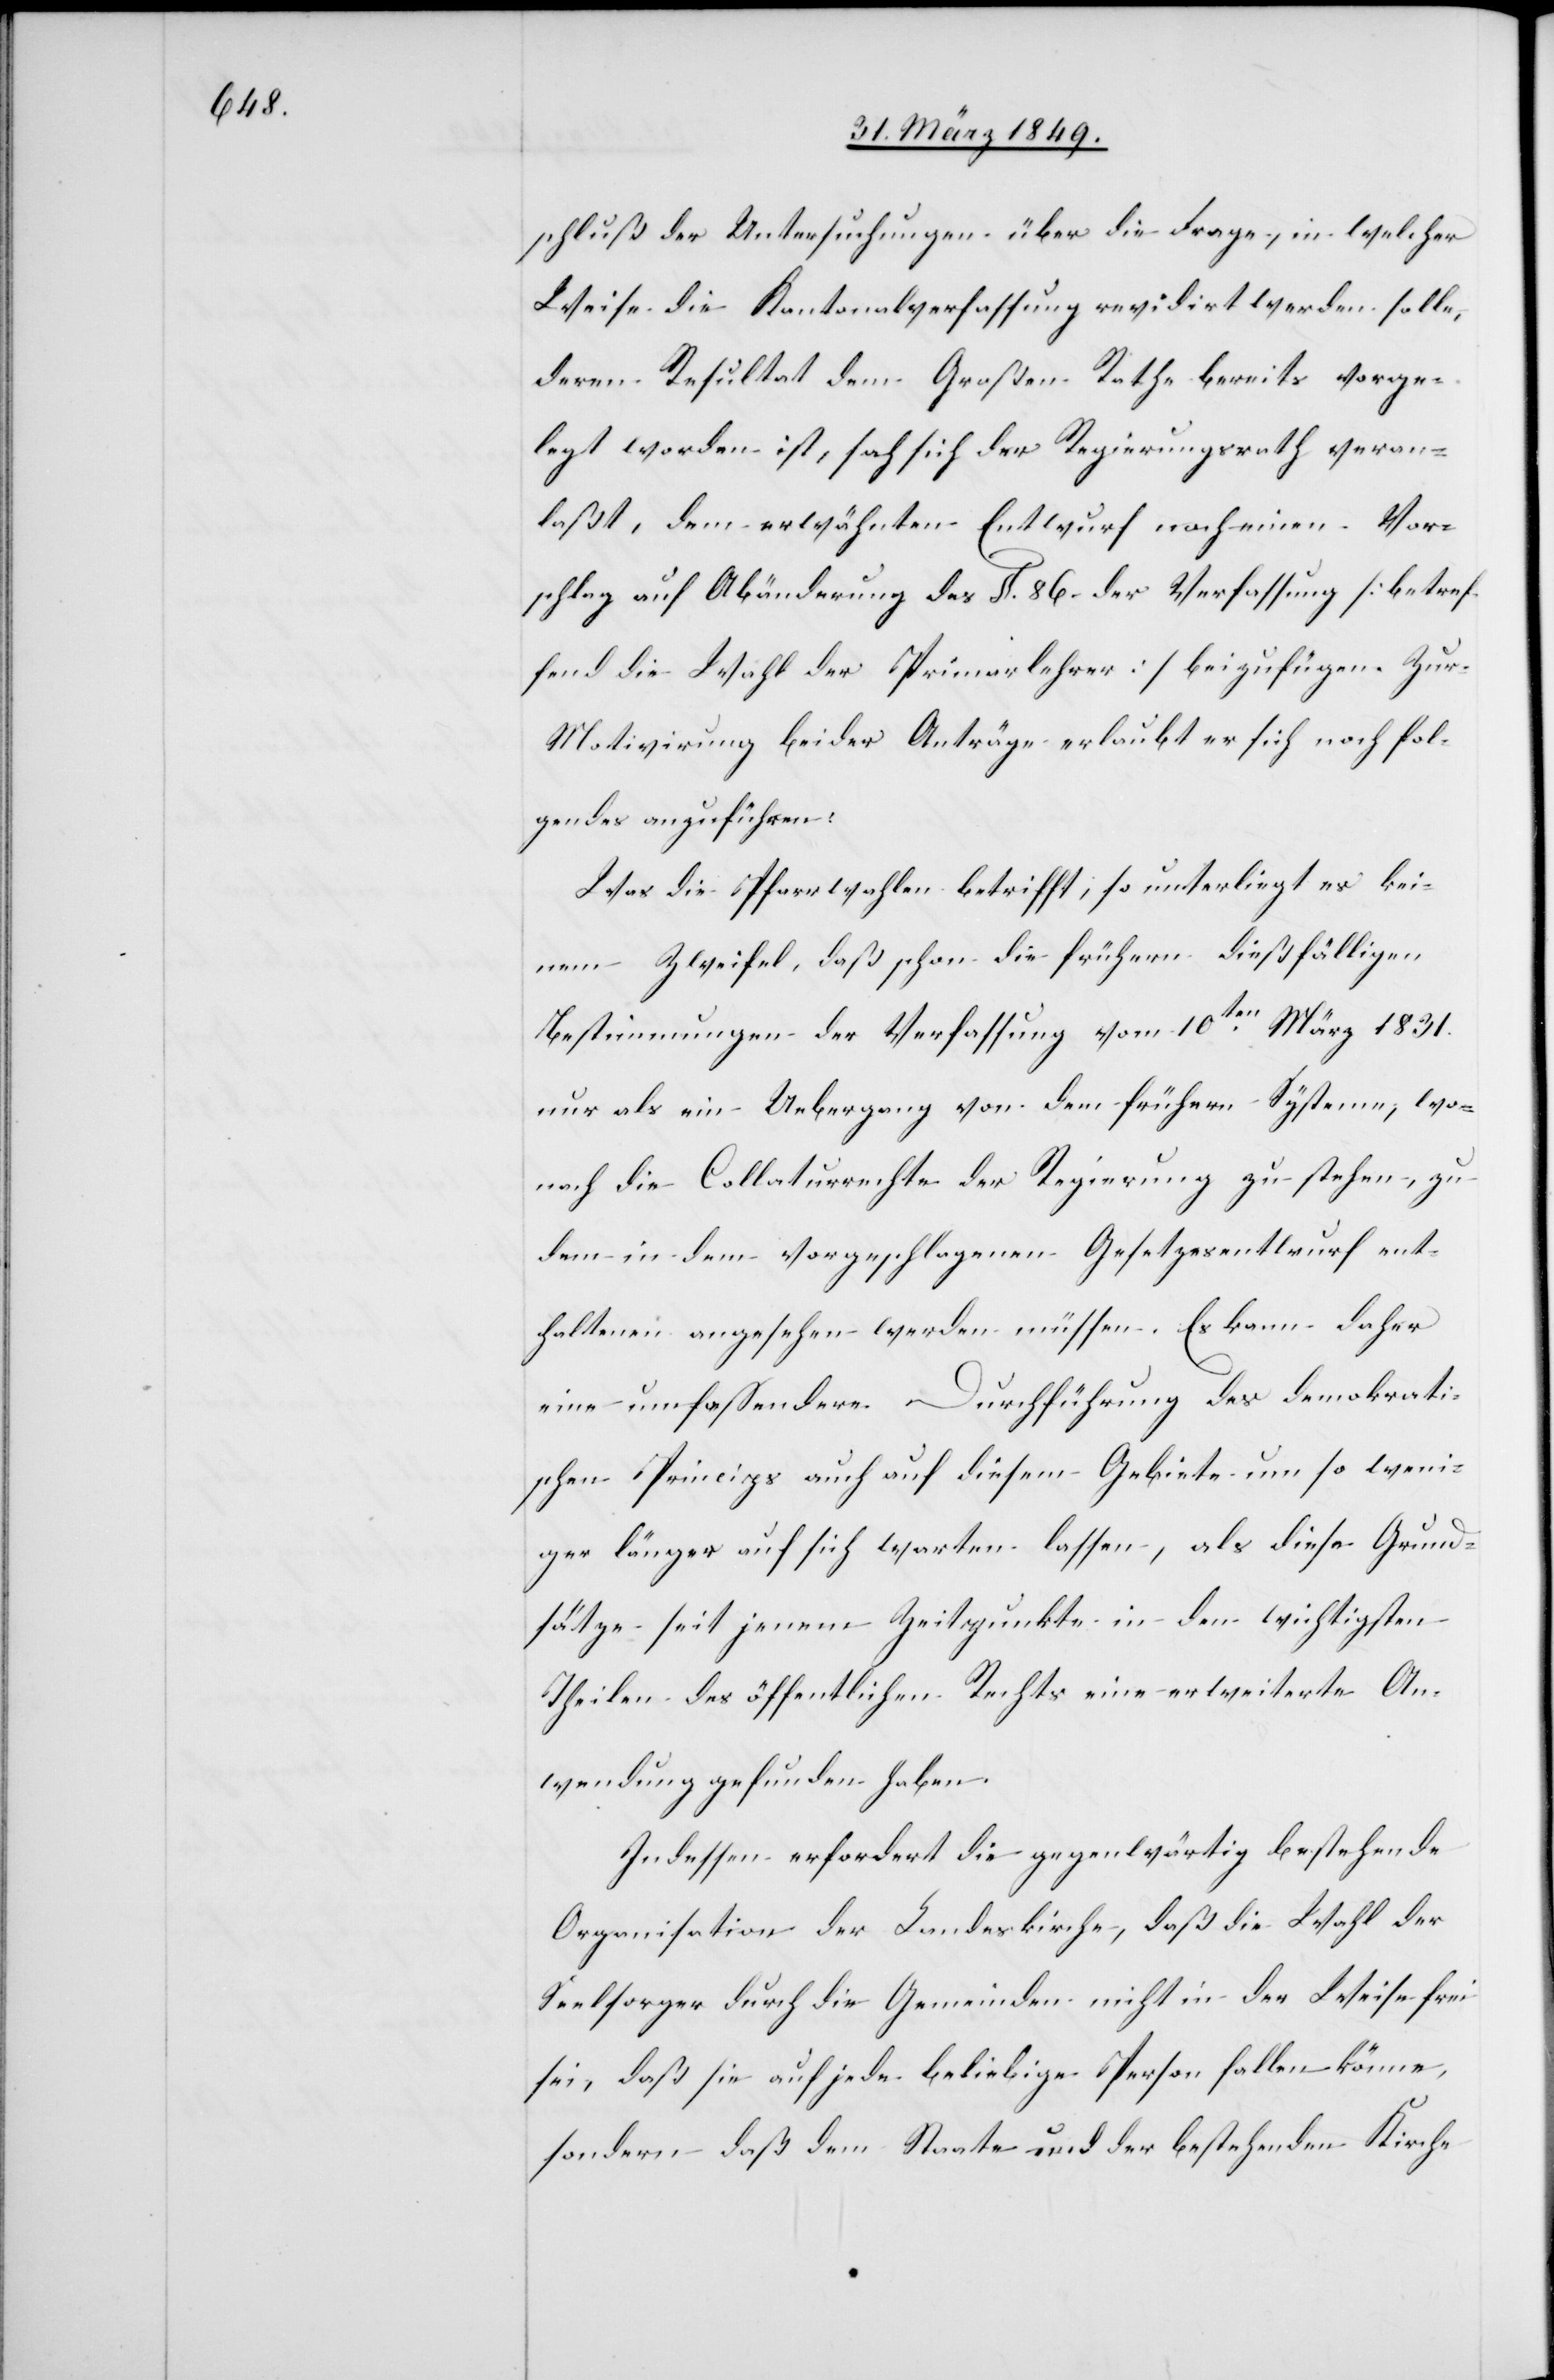
schluß der Untersuchungen über die Frage, in welcher
Weise die Kantonalverfassung revidirt werden solle,
deren Resultat dem Großen Rathe bereits vorge¬
legt worden ist, sah sich der Regierungsrath veran¬
laßt, dem erwähnten Entwurf noch einen Vor¬
schlag auf Abänderung des §. 86. der Verfassung [betref¬
fend die Wahl der Primarlehrer] beizufügen. Zur
Motivirung beider Anträge erlaubt er sich noch fol¬
gendes anzuführen:
Was die Pfarrwahlen betrifft, so unterliegt es kei¬
nem Zweifel, daß schon die frühern dießfälligen
Bestimmungen der Verfassung vom 10ten. März 1831.
nur als ein Uebergang von dem frühern System, wo¬
nach die Collaturrechte der Regierung zustehen, zu
dem in dem vorgeschlagenen Gesetzesentwurf ent¬
haltenen angesehen werden müssen. Es kann daher
eine umfassendere Durchführung des demokrati¬
schen Princips auch auf diesem Gebiete um so weni¬
ger länger auf sich warten lassen, als diese Grund¬
sätze seit jenem Zeitpunkte in den wichtigsten
Theilen des öffentlichen Rechts eine erweiterte An¬
wendung gefunden haben.
Indessen erfordert die gegenwärtig bestehende
Organisation der Landeskirche, daß die Wahl der
Seelsorger durch die Gemeinden nicht in der Weise frei
sei, daß sie auf jede beliebige Person fallen könne,
sondern daß dem Staate und der bestehenden Kirche